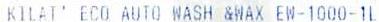
KILAT' ECO AUTO WASH &WAX EW-1000-1L